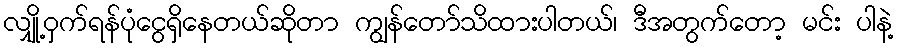
လျှို့ဝှက်ရန်ပုံငွေရှိနေတယ်ဆိုတာ ကျွန်တော်သိထားပါတယ်၊ ဒီအတွက်တော့ မင်း ပါနဲ့